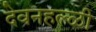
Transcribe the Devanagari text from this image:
देवनहल्ळी